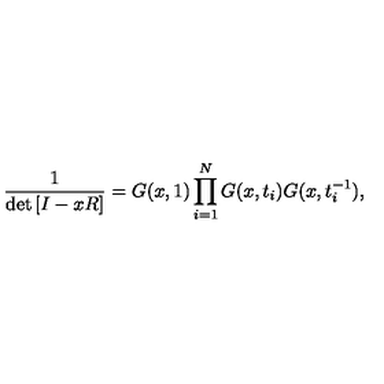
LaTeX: \frac { 1 } { \det \left[ I - x R \right] } = G ( x , 1 ) \prod _ { i = 1 } ^ { N } G ( x , t _ { i } ) G ( x , t _ { i } ^ { - 1 } ) ,